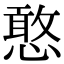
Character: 憨